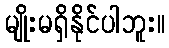
မျိုးမရှိနိုင်ပါဘူး။